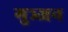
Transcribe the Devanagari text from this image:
गुञ्जन